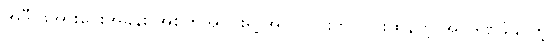
အဲဒီ ဖိအားပေးအခန်း အစိတ်အပိုင်းရဲ့ အပြင်ပိုင်းကို ပြင်းထန်တဲ့ အပူဒဏ်ခံနိုင်တဲ့